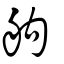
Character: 䑦